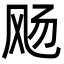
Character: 飏